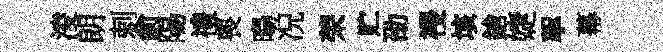
淩朗剌俞陽禮喪暘况荣贮劭祲垓鎗婕挐幕